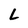
Character: L